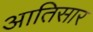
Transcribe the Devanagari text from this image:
आतिसार